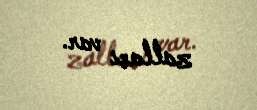
zalları var.